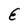
Character: E